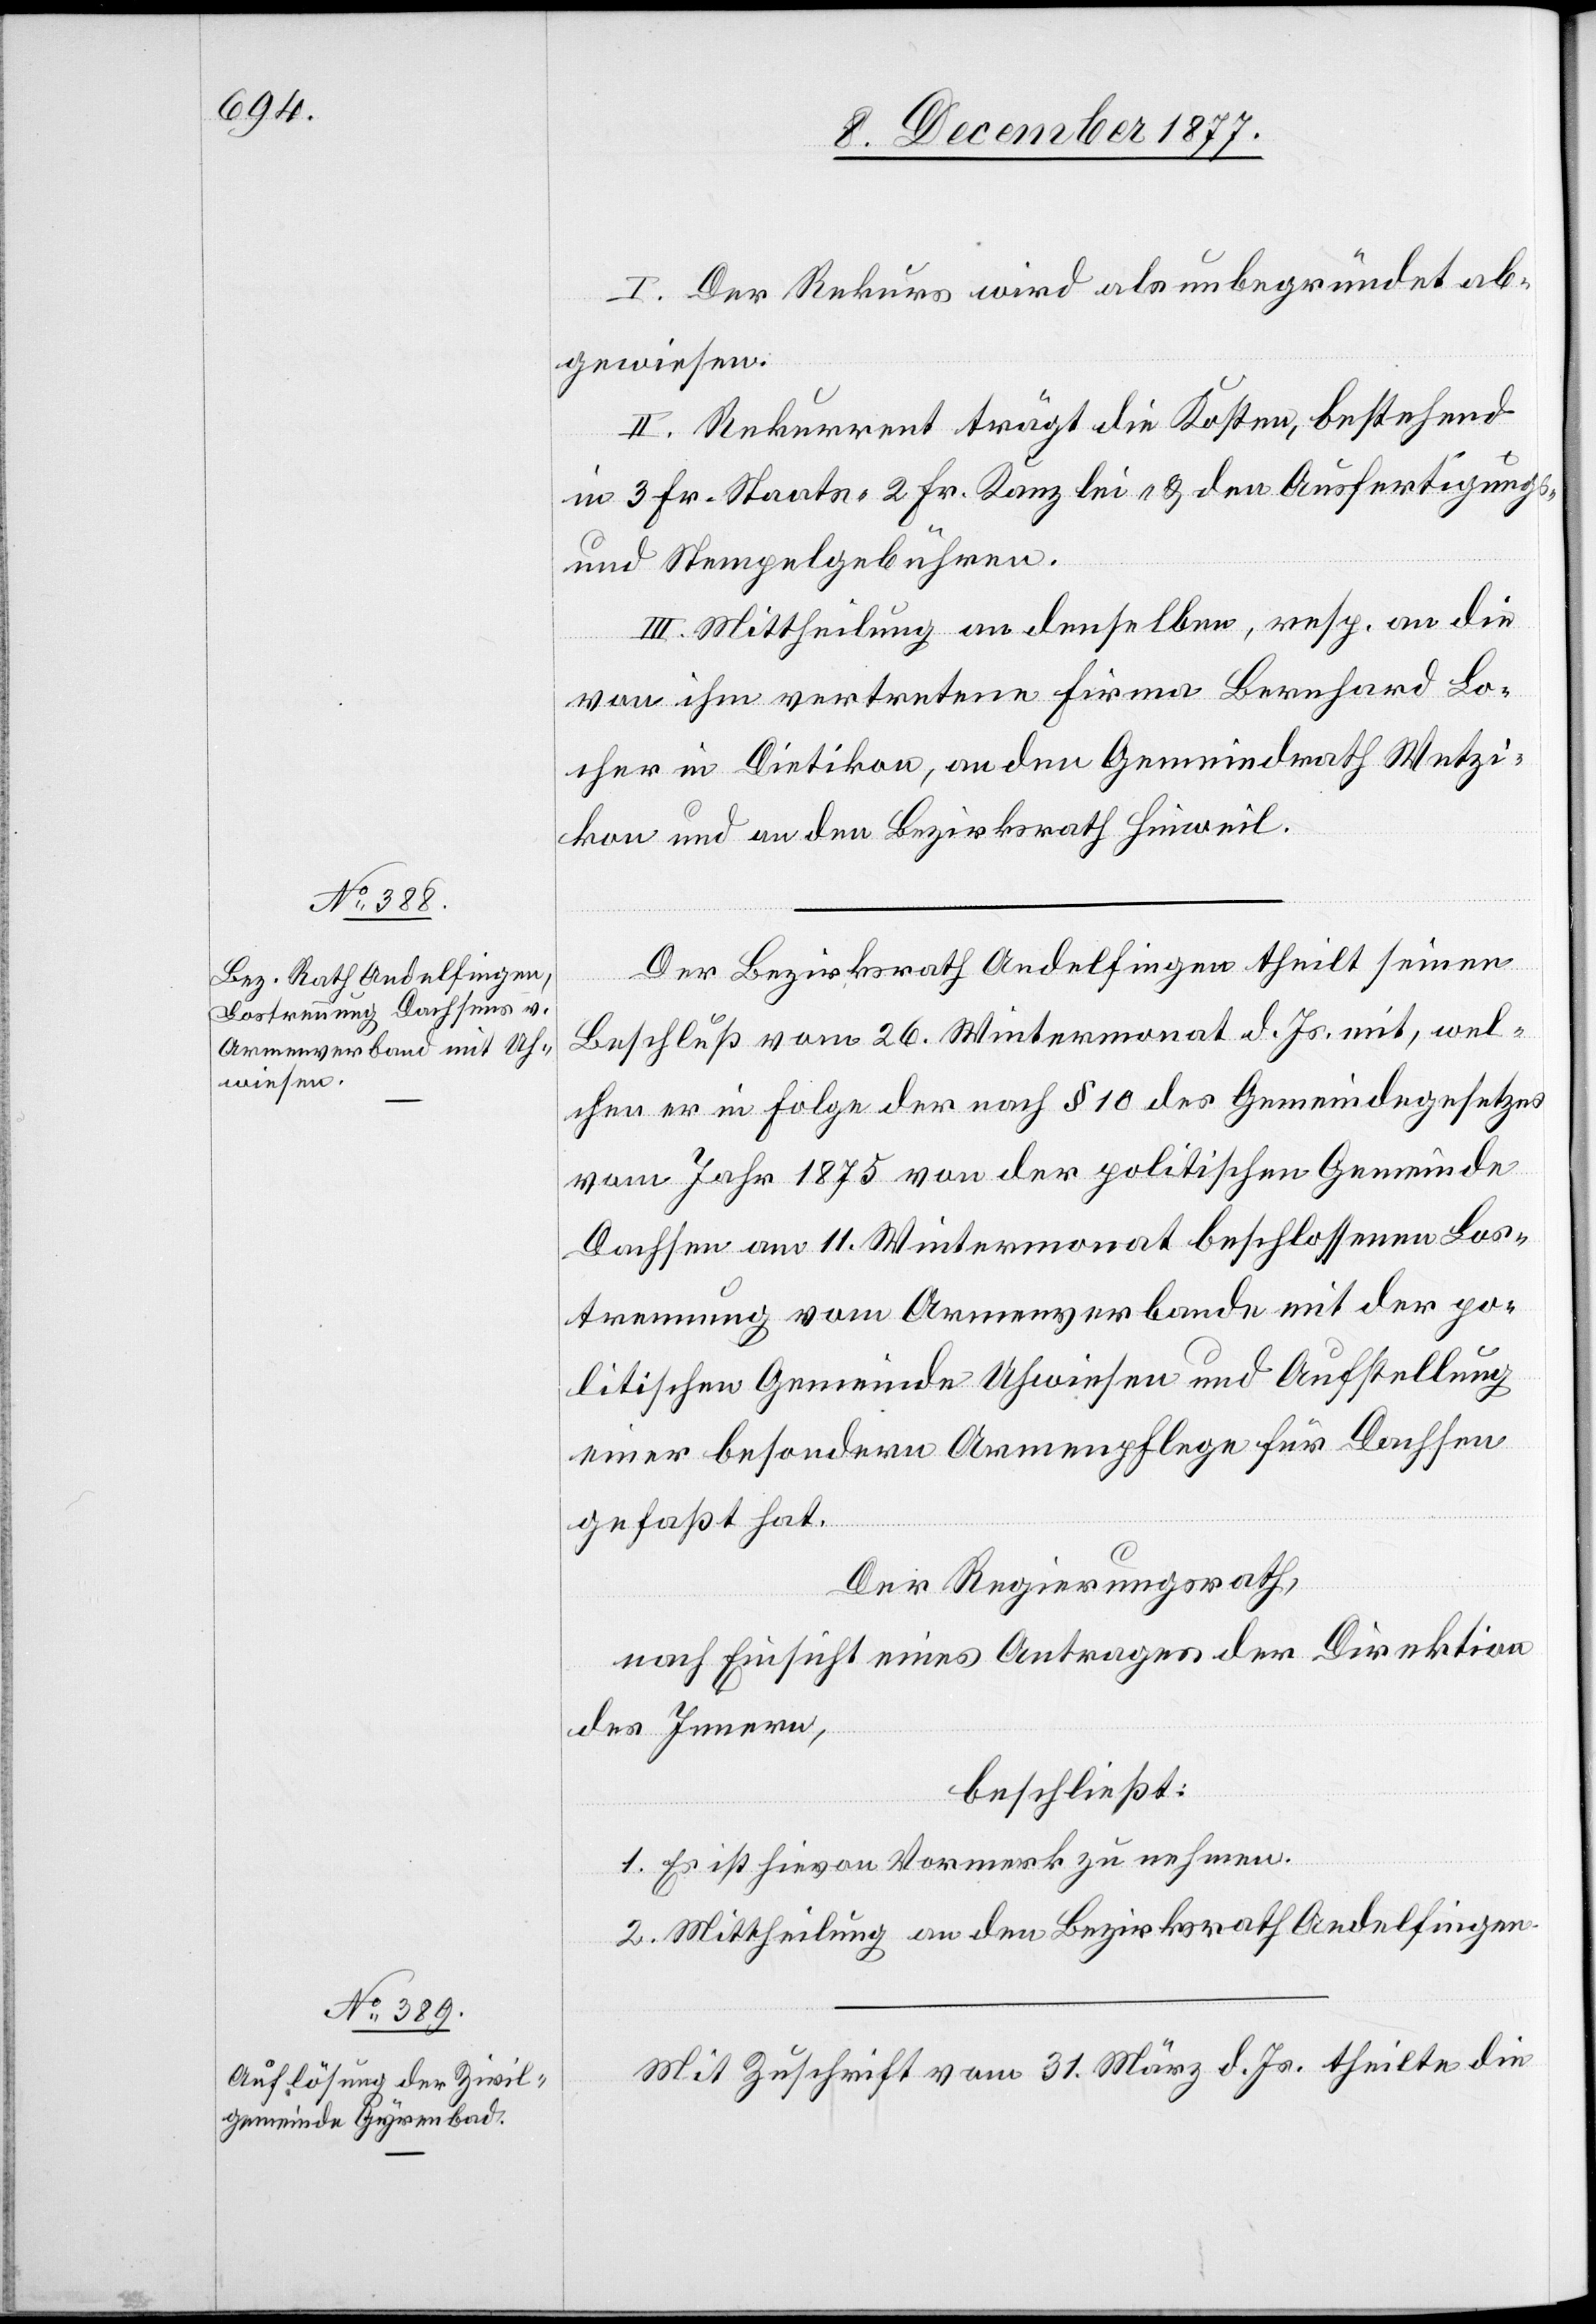
I. Der Rekurs wird als unbegründet ab¬
gewiesen.
II. Rekurrent trägt die Kosten, bestehend
in 3 Fr. Staats-[,] 2 Fr. Kanzlei- & den Ausfertigungs-
und Stempelgebühren.
III. Mittheilung an denselben, resp. an die
von ihm vertretene Firma Bernhard Lo¬
cher in Dietikon, an den Gemeindrath Wetzi¬
kon und an den Bezirksrath Hinweil.
Der Bezirksrath Andelfingen theilt seinen
Beschluß vom 26. Wintermonat d. Js. mit, wel¬
chen er in Folge der nach § 10 des Gemeindegesetzes
vom Jahr 1875 von der politischen Gemeinde
Dachsen am 11. Wintermonat beschlossenen Los¬
trennung vom Armenverbande mit der po¬
litischen Gemeinde Uhwiesen und Aufstellung
einer besondern Armenpflege für Dachsen
gefaßt hat.
Der Regierungsrath,
nach Einsicht eines Antrages der Direktion
des Innern,
beschließt:
1. Es ist hievon Vormerk zu nehmen.
2. Mittheilung an den Bezirksrath Andelfingen.
Mit Zuschrift vom 31. März d. Js. theilte die